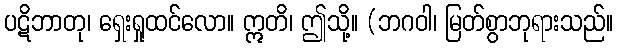
ပဋိဘာတု၊ ရှေးရှုထင်လော။ ဣတိ၊ ဤသို့။ (ဘဂဝါ၊ မြတ်စွာဘုရားသည်။